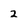
Character: 2